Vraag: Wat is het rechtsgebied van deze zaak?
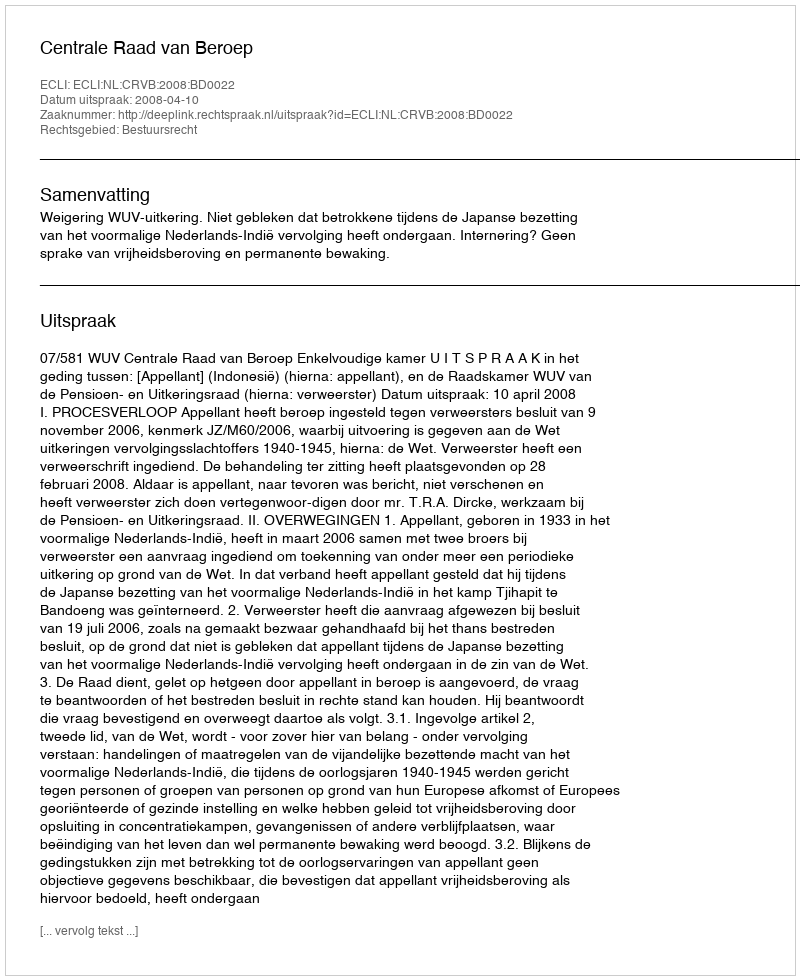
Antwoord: Bestuursrecht